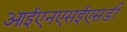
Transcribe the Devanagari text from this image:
आईएनएसईएसडी